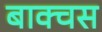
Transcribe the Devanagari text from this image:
बाक्चस